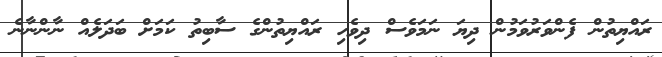
ރައްޔިތުން ފެންވަރުވަމުން ދިޔަ ނަަމަވެސް ދިވެހި ރައްޔިތުންގެ ސާބިތު ކަމަށް ބަދަލެއް ނާންނާނެ